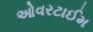
ઓવરટાઈમ